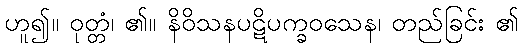
ဟူ၍။ ဝုတ္တံ၊ ၏။ နိဝိသနပဋိပက္ခဝသေန၊ တည်ခြင်း ၏